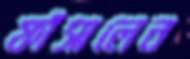
ফাঁসালেন